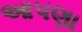
આ૫ણા